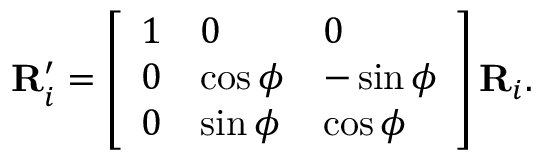
\mathbf { R } _ { i } ^ { \prime } = \left[ \begin{array} { l l l } { 1 } & { 0 } & { 0 } \\ { 0 } & { \cos { \phi } } & { - \sin { \phi } } \\ { 0 } & { \sin { \phi } } & { \cos { \phi } } \end{array} \right] \mathbf { R } _ { i } .